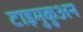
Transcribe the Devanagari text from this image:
टाइमुकुअन